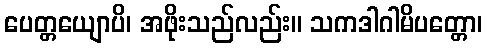
ပေတ္တယျောပိ၊ အဖိုးသည်လည်း။ သကဒါဂါမိပတ္တော၊